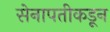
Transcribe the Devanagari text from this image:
सेनापतीकडून